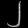
Digit: ၂